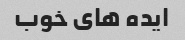
ایده های خوب